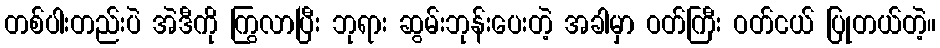
တစ်ပါးတည်းပဲ အဲဒီကို ကြွလာပြီး ဘုရား ဆွမ်းဘုန်းပေးတဲ့ အခါမှာ ဝတ်ကြီး ဝတ်ငယ် ပြုတယ်တဲ့။